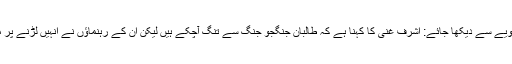
اگر دوسرے زاویے سے دیکھا جائے: اشرف غنی کا کہنا ہے کہ طالبان جنگجو جنگ سے تنگ آچکے ہیں لیکن ان کے رہنماؤں نے انہیں لڑنے پر مجبور کیا ہے ۔